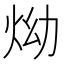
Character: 㶭